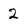
Character: 2